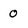
Character: 0